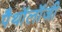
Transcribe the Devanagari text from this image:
पैथॉलॉजी